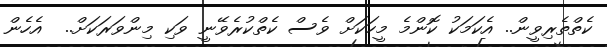
ކެތްތެރިވީން.. އެކަމަކު ކޮންމެ މީހަކަށް ވެސް ކެތްކުރެވޭނީ ވަކި މިންވަރަކަށް..  އެހެން